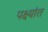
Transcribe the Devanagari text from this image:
पक्ष्यांत